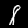
Digit: 8